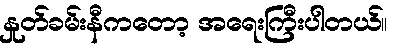
နှုတ်ခမ်းနီကတော့ အရေးကြီးပါတယ်။